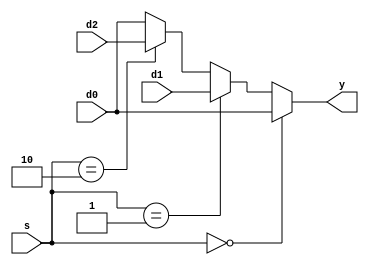
`timescale 1ns / 1ps
//////////////////////////////////////////////////////////////////////////////////
// Company: 
// Engineer: 
// 
// Design Name: 
// Module Name: mux3
// Project Name: 
// Target Devices: 
// Tool Versions: 
// Description: 
// 
// Dependencies: 
// 
// Revision:
// Revision 0.01 - File Created
// Additional Comments:
// 
//////////////////////////////////////////////////////////////////////////////////


module mux3 #(parameter WIDTH = 8)(
	input wire[WIDTH-1:0] d0,d1,d2,
	input wire[1:0] s,
	output wire[WIDTH-1:0] y
    );

	assign y = (s == 2'b00) ? d0 :
				(s == 2'b01) ? d1:
				(s == 2'b10) ? d2: d0;
endmodule